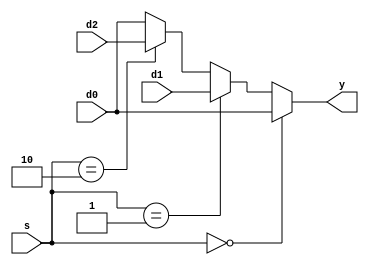
`timescale 1ns / 1ps
//////////////////////////////////////////////////////////////////////////////////
// Company: 
// Engineer: 
// 
// Design Name: 
// Module Name: mux3
// Project Name: 
// Target Devices: 
// Tool Versions: 
// Description: 
// 
// Dependencies: 
// 
// Revision:
// Revision 0.01 - File Created
// Additional Comments:
// 
//////////////////////////////////////////////////////////////////////////////////


module mux3 #(parameter WIDTH = 8)(
	input wire[WIDTH-1:0] d0,d1,d2,
	input wire[1:0] s,
	output wire[WIDTH-1:0] y
    );

	assign y = (s == 2'b00) ? d0 :
				(s == 2'b01) ? d1:
				(s == 2'b10) ? d2: d0;
endmodule